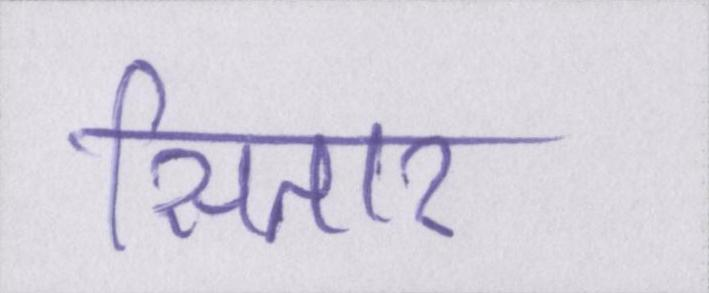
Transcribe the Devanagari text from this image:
सितार